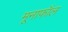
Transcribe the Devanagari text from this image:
मूनाफॉल